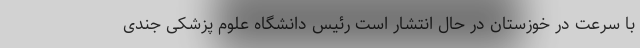
با سرعت در خوزستان در حال انتشار است رئیس دانشگاه علوم پزشکی جندی